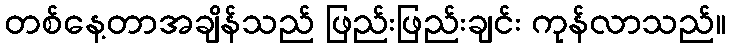
တစ်နေ့တာအချိန်သည် ဖြည်းဖြည်းချင်း ကုန်လာသည်။